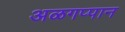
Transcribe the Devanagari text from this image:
अळगप्पान